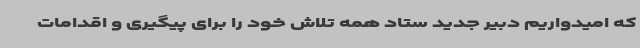
که امیدواریم دبیر جدید ستاد همه تلاش خود را برای پیگیری و اقدامات